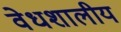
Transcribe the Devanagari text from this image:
वेधशालीय